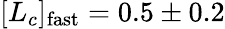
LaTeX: [L_{c}]_{\mathrm{fast}}=0.5\pm 0.2